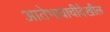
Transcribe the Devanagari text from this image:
आतेभावाचीदेखील